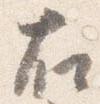
右